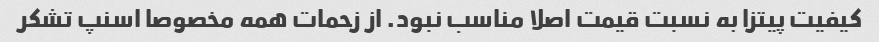
کیفیت پیتزا به نسبت قیمت اصلا مناسب نبود. از زحمات همه مخصوصا اسنپ تشکر